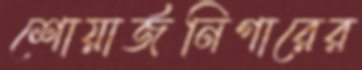
শোয়ার্জনিগারের